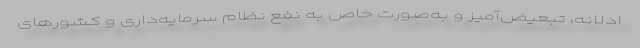
ادلانه، تبعیض‌آمیز و به‌صورت خاص به نفع نظام سرمایه‌داری و کشورهای